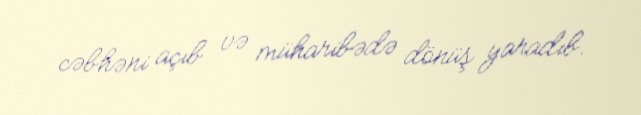
cəbhəni açıb və müharibədə dönüş yaradıb.